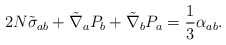
\begin{align*}2N \tilde \sigma_{ab} + \tilde \nabla_a P_b +\tilde \nabla_b P_a = \frac{1}{3} \alpha_{ab}. \end{align*}